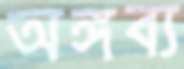
অঙ্গব্য